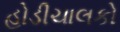
હોડીચાલકો